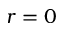
r = 0